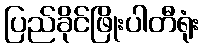
ပြည်ခိုင်ဖြိုးပါတီရုံး